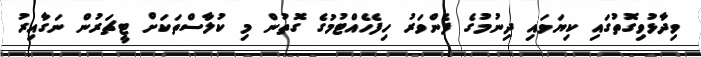
ވިދާޅުވިގޮތުގައި ކިޔަވައި ދިނުމުގެ ފެންވަރު ހިފެހެއްޓުމުގެ ގޮތުން މި ކުލާސްތަކަށް ޓީޗަރުން ނަގާއިރު